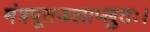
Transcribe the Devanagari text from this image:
मंत्रपूतजलाप्लुतः।